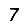
Digit: 7